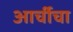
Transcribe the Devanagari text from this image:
आर्चीचा